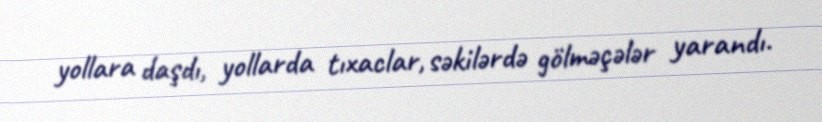
yollara daşdı, yollarda tıxaclar, səkilərdə gölməçələr yarandı.